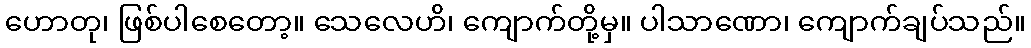
ဟောတု၊ ဖြစ်ပါစေတော့။ သေလေဟိ၊ ကျောက်တို့မှ။ ပါသာဏော၊ ကျောက်ချပ်သည်။